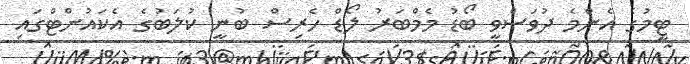
ޓީމުގެ އެންމެ ދުވަސްވީ ބޯޑު މެމްބަރު ލޯޑް ހެރިސް ބުނީ ކުލަބުގެ އެކައުންޓްގައި